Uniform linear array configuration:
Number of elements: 64
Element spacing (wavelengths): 0.25
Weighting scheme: kaiser
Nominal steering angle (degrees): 45
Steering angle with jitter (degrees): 43.083
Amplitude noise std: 0.05
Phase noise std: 0.05

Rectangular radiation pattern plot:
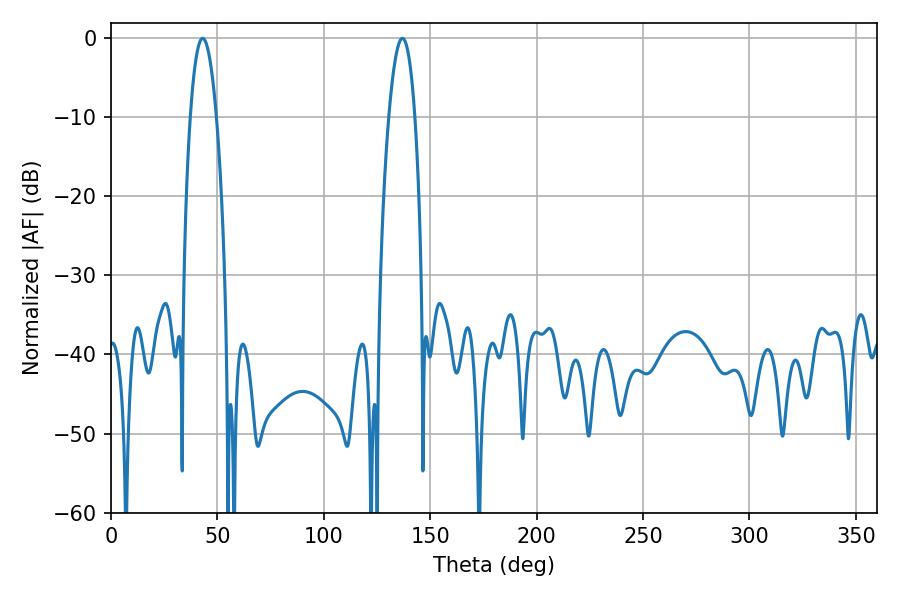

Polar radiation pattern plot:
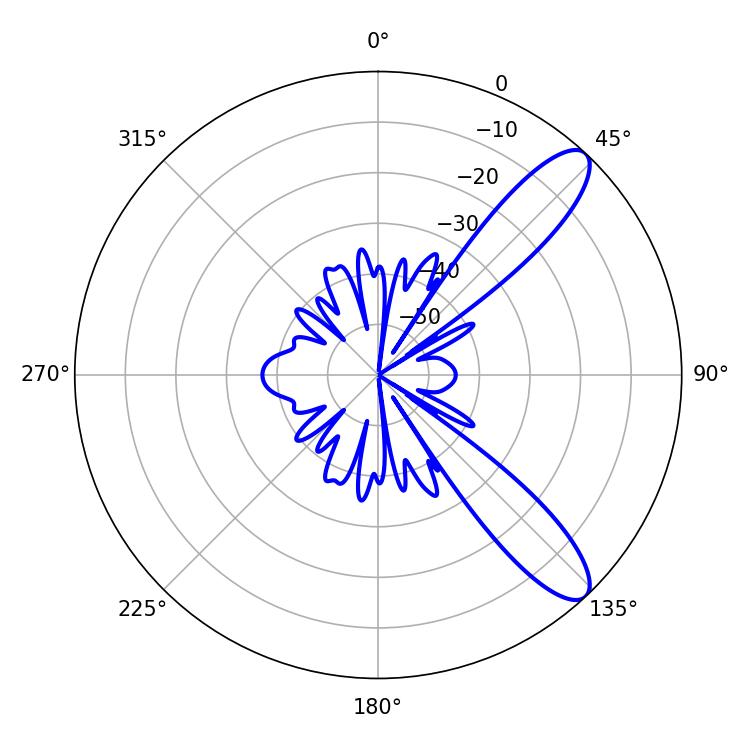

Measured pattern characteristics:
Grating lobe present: FALSE
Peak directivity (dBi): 10.604
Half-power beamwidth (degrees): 6.84
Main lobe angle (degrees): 43.02